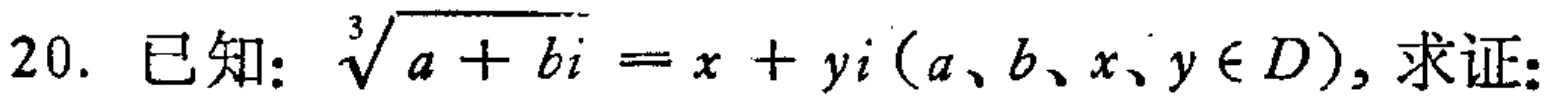
已知：$\sqrt[3]{a + bi}=x + yi(a、b、x、y\in D)$，求证：